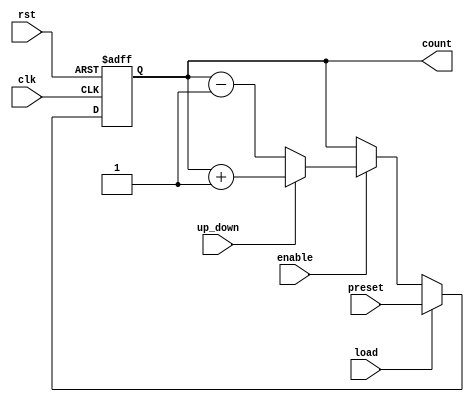
module SynchronousLoadCounter (
    input wire clk,          // Clock signal
    input wire rst,          // Active-high reset
    input wire load,         // Active-high load signal
    input wire [7:0] preset, // Preset value to load (8-bit for example)
    input wire enable,       // Count enable signal
    input wire up_down,      // Count direction: 1 for up, 0 for down
    output reg [7:0] count   // Current counter value (8-bit)
);

// Counter behavior
always @(posedge clk or posedge rst) begin
    if (rst) begin
        count <= 8'b0; // Reset counter to zero
    end else if (load) begin
        count <= preset; // Load preset value into counter
    end else if (enable) begin
        if (up_down) begin
            count <= count + 1; // Increment counter
        end else begin
            count <= count - 1; // Decrement counter
        end
    end
end

endmodule